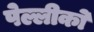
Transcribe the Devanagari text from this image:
पेल्लीको